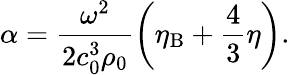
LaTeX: \alpha=\frac{\omega^{2}}{2c_{0}^{3}\rho_{0}}\left(\eta_{\mathrm{B}}+\frac{4}{3}\eta\right).